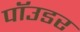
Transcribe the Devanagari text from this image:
पॉउडर